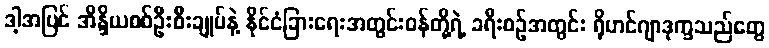
ဒါ့အပြင် အိန္ဒိယစစ်ဦးစီးချုပ်နဲ့ နိုင်ငံခြားရေးအတွင်းဝန်တို့ရဲ့ ခရီးစဉ်အတွင်း ရိုဟင်ဂျာဒုက္ခသည်တွေ